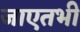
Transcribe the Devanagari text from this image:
जाएतभी